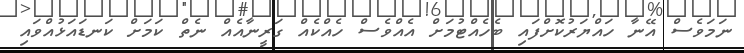
ނަމަވެސް އޭނާ ހައްޔަރުކޮށްފައި ބެހެއްޓުމަށް އެއްވެސް ހެއްކެއް ގަރީނާއެއް ނެތް ކަމަށް ކަނޑައަޅުއްވައި